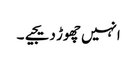
انہیں چھوڑ دیجیے۔